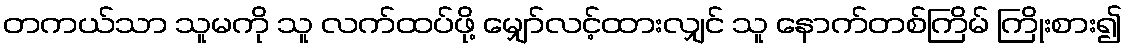
တကယ်သာ သူမကို သူ လက်ထပ်ဖို့ မျှော်လင့်ထားလျှင် သူ နောက်တစ်ကြိမ် ကြိုးစား၍